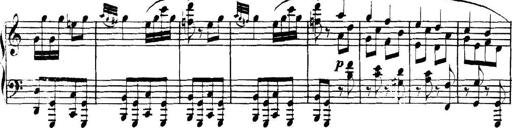
Title: Collected Piano Sonatas
Composer: Muzio Clementi